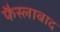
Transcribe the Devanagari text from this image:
फैस्लाबाद